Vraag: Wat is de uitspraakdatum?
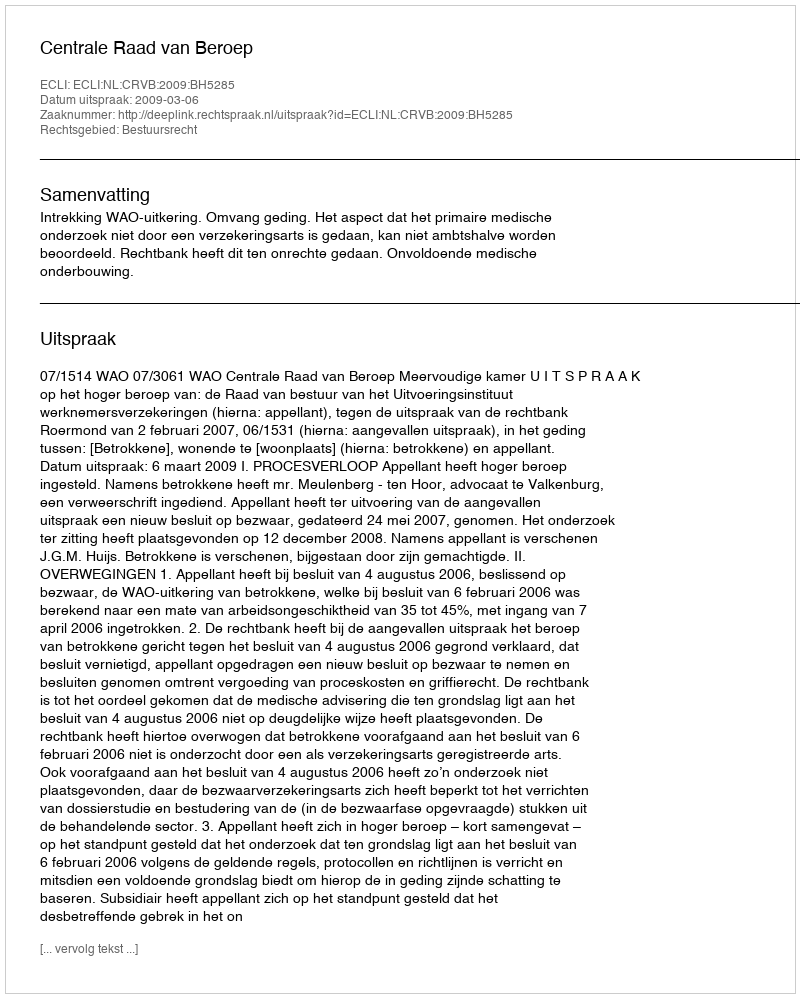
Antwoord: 2009-03-06